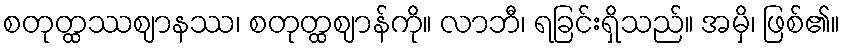
စတုတ္ထဿဈာနဿ၊ စတုတ္ထဈာန်ကို။ လာဘီ၊ ရခြင်းရှိသည်။ အမှိ၊ ဖြစ်၏။